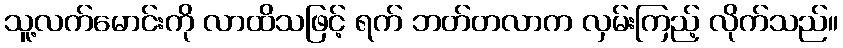
သူ့လက်မောင်းကို လာထိသဖြင့် ရက် ဘတ်တလာက လှမ်းကြည့် လိုက်သည်။